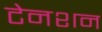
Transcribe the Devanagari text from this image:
टेनशन